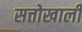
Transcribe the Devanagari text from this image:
सत्तोखाली